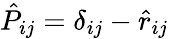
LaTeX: \hat{P}_{ij}=\delta_{ij}-\hat{r}_{ij}